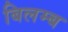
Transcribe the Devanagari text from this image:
बिलम्‍ब